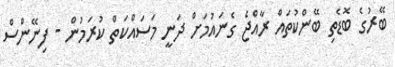
ބޭރުގެ ބޮޑެތި ބޭންކުތައް ރާއްޖެ ގެނައުމަށް ދަނީ މަސައްކަތް ކުރަމުން - ފިނޭންސް